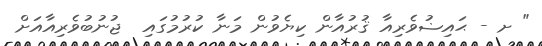
" ށ - ޙައިޟުވެރިއާ ޤުރުއާން ކިޔެވުން މަނާ ކުރުމުގައި  ޖުނުބުވެރިއާއަށް